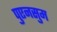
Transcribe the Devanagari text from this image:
पुएनसुम